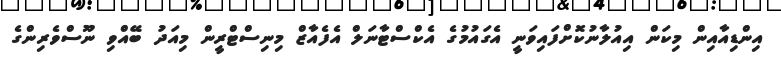
އިންޑިއާއިން މިކަން އިއުލާނުކޮށްފައިވަނީ އެގައުމުގެ އެކްސްޓާނަލް އެފެއާޒް މިނިސްޓްރީން މިއަދު ބޭއްވި ނޫސްވެރިންގެ